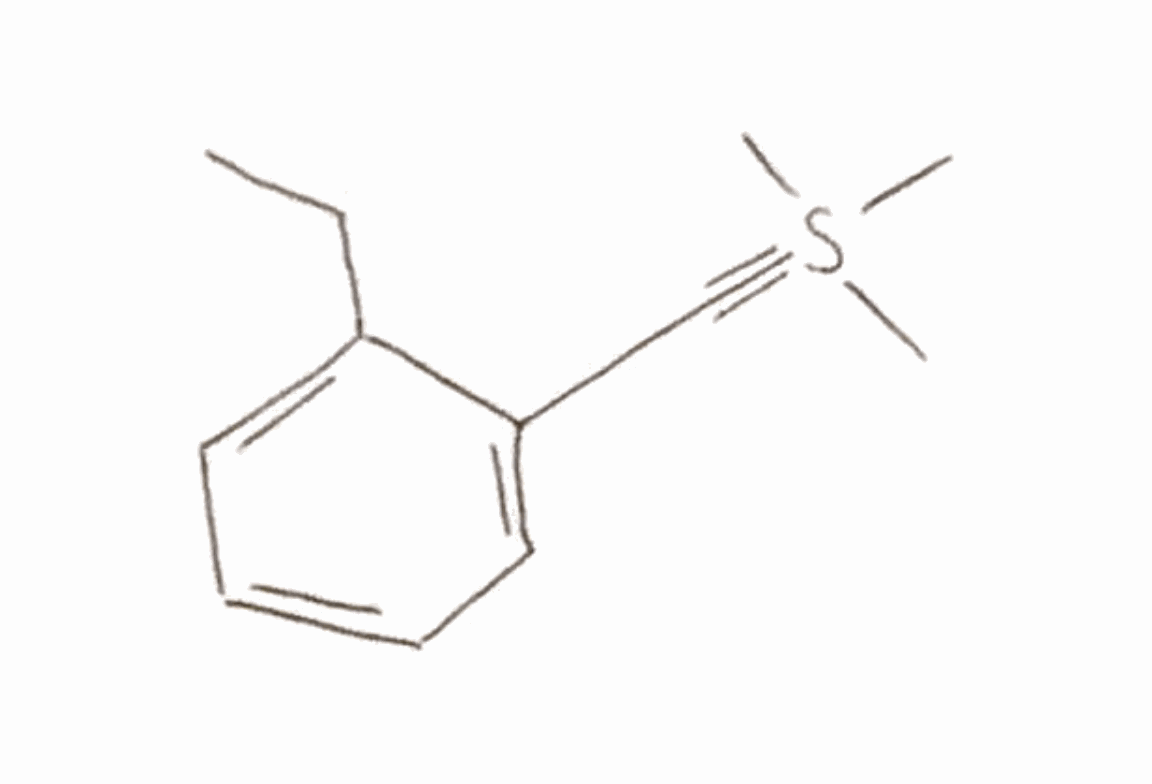
Simplified molecular-input line-entry system (SMILES) notation of the given molecule:
CCC1=CC=CC=C1C#S(C)(C)C